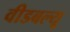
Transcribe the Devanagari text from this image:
वीडबल्यू